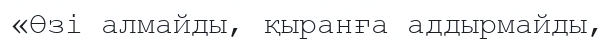
«Өзі алмайды, қыранға аддырмайды,